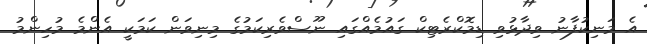
އެ މަނިކުފާނު ވިދާޅުވި ޑިމޮކްރެޓިކް ގައުމެއްގައި ނޫސްވެރިކަމުގެ މިނިވަން ކަމަކީ އެންމެ މުހިންމު